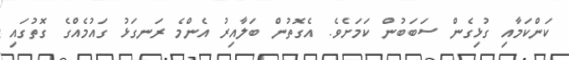
ކަންކަމާއި ގުޅިގެން ސަބަބުން ކަމަށެވެ. އެގޮތުން ބަލާއިރު އެންމެ ރަނގަޅު ގައުމެއްގެ ގޮތުގައި